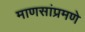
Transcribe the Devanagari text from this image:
माणसांप्रमणे